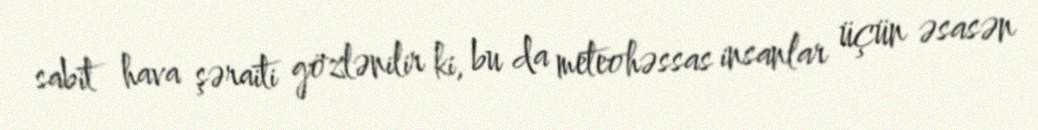
sabit hava şəraiti gözlənilir ki, bu da meteohəssas insanlar üçün əsasən